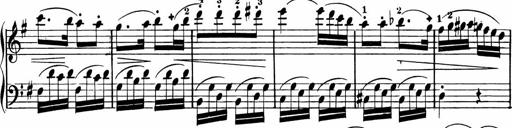
Title: Rosen ohne Dornen
Composer: Gustav Lange